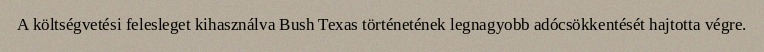
A költségvetési felesleget kihasználva Bush Texas történetének legnagyobb adócsökkentését hajtotta végre.